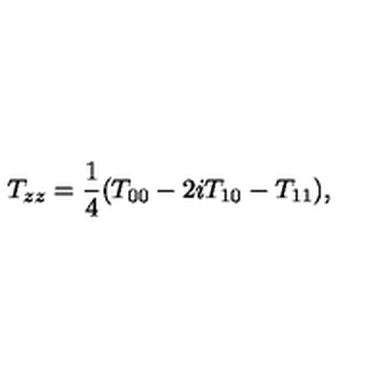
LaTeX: T _ { z z } = \frac { 1 } { 4 } ( T _ { 0 0 } - 2 i T _ { 1 0 } - T _ { 1 1 } ) ,